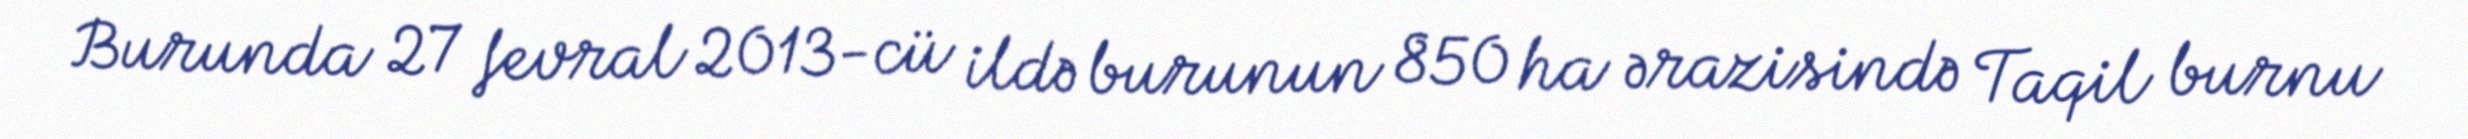
Burunda 27 fevral 2013-cü ildə burunun 850 ha ərazisində Taqil burnu